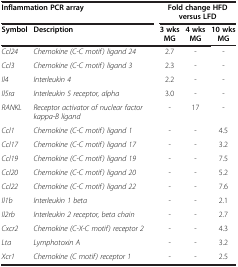
<table><thead><tr><td colspan="2"><b>Inflammation PCR array</b></td><td colspan="3"><b>Fold change HFD versus LFD</b></td></tr><tr><td><b>Symbol</b></td><td><b>Description</b></td><td><b>3 wks MG</b></td><td><b>4 wks MG</b></td><td><b>10 wks MG</b></td></tr></thead><tbody><tr><td><i>Ccl24</i></td><td><i>Chemokine (C-C motif) ligand 24</i></td><td>2.7</td><td>-</td><td>-</td></tr><tr><td><i>Ccl3</i></td><td><i>Chemokine (C-C motif) ligand 3</i></td><td>2.3</td><td>-</td><td>-</td></tr><tr><td><i>Il4</i></td><td><i>Interleukin 4</i></td><td>2.2</td><td>-</td><td>-</td></tr><tr><td><i>Il5ra</i></td><td><i>Interleukin 5 receptor, alpha</i></td><td>3.0</td><td>-</td><td>-</td></tr><tr><td><i>RANKL</i></td><td><i>Receptor activator of nuclear factor kappa-B ligand</i></td><td>-</td><td>17</td><td>-</td></tr><tr><td><i>Ccl1</i></td><td><i>Chemokine (C-C motif) ligand 1</i></td><td>-</td><td>-</td><td>4.5</td></tr><tr><td><i>Ccl17</i></td><td><i>Chemokine (C-C motif) ligand 17</i></td><td>-</td><td>-</td><td>3.2</td></tr><tr><td><i>Ccl19</i></td><td><i>Chemokine (C-C motif) ligand 19</i></td><td>-</td><td>-</td><td>7.5</td></tr><tr><td><i>Ccl20</i></td><td><i>Chemokine (C-C motif) ligand 20</i></td><td>-</td><td>-</td><td>5.2</td></tr><tr><td><i>Ccl22</i></td><td><i>Chemokine (C-C motif) ligand 22</i></td><td>-</td><td>-</td><td>7.6</td></tr><tr><td><i>Il1b</i></td><td><i>Interleukin 1 beta</i></td><td>-</td><td>-</td><td>2.1</td></tr><tr><td><i>Il2rb</i></td><td><i>Interleukin 2 receptor, beta chain</i></td><td>-</td><td>-</td><td>2.7</td></tr><tr><td><i>Cxcr2</i></td><td><i>Chemokine (C-X-C motif) receptor 2</i></td><td>-</td><td>-</td><td>4.3</td></tr><tr><td><i>Lta</i></td><td><i>Lymphotoxin A</i></td><td>-</td><td>-</td><td>3.2</td></tr><tr><td><i>Xcr1</i></td><td><i>Chemokine (C motif) receptor 1</i></td><td>-</td><td>-</td><td>2.5</td></tr></tbody></table>